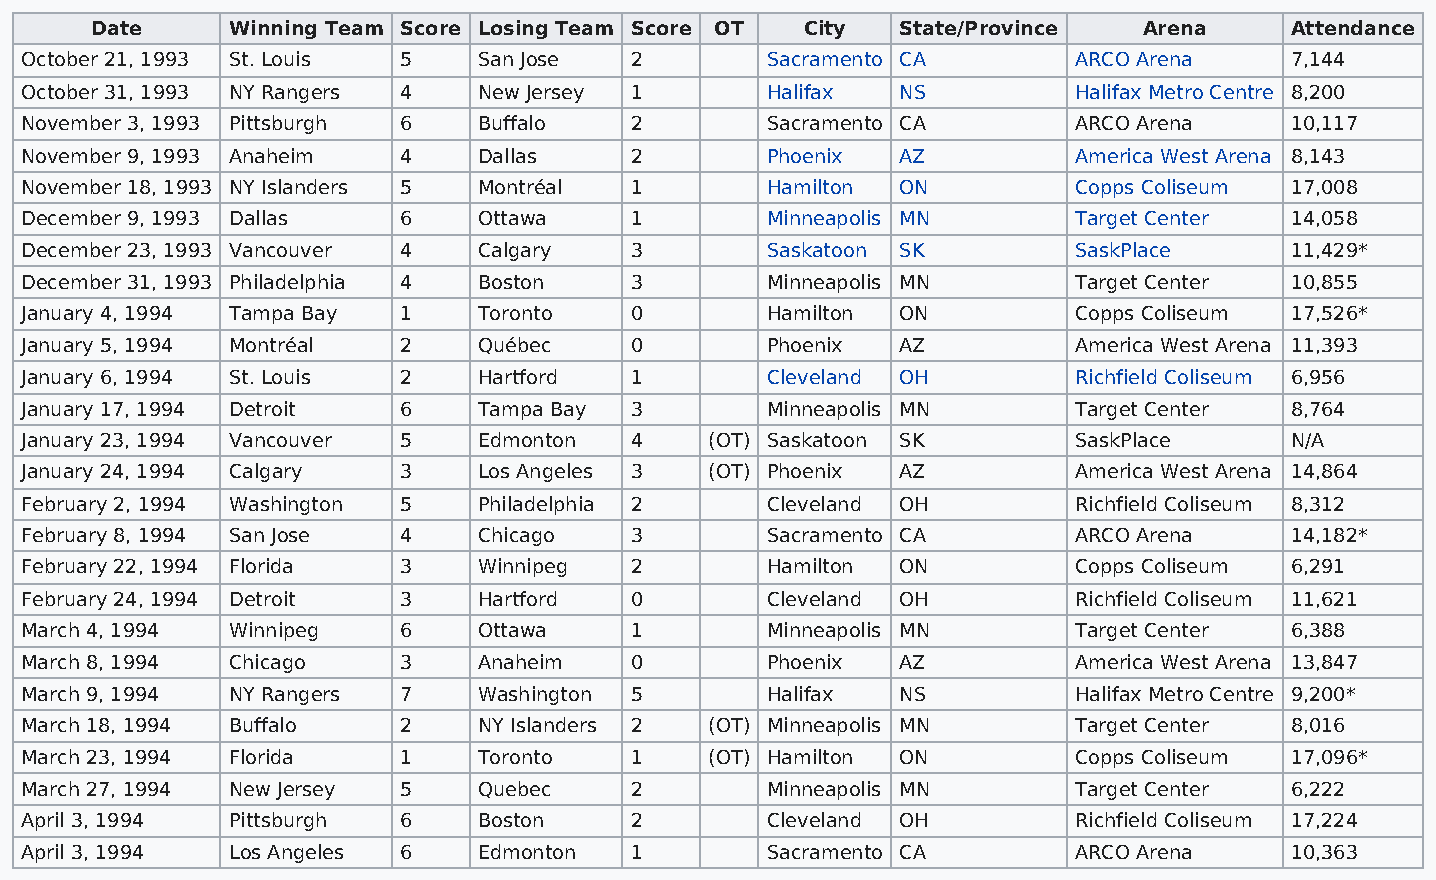
Date     Winning Team Score Losing Team Score OT City State/Province  Arena    Attendance
 October 21, 1993 St. Louis 5   San Jose  2        Sacramento CA       ARCO Arena    7,144
 October 31, 1993 NY Rangers 4  New Jersey 1       Halifax  NS         Halifax Metro Centre 8,200
 November 3, 1993 Pittsburgh 6  Buffalo   2        Sacramento CA       ARCO Arena    10,117
 November 9, 1993 Anaheim 4     Dallas    2        Phoenix  AZ         America West Arena 8,143
 November 18, 1993 NY Islanders 5 Montréal 1       Hamilton ON         Copps Coliseum 17,008
 December 9, 1993 Dallas  6     Ottawa    1        Minneapolis MN      Target Center 14,058
 December 23, 1993 Vancouver 4  Calgary   3        Saskatoon SK        SaskPlace     11,429*
 December 31, 1993 Philadelphia 4 Boston  3        Minneapolis MN      Target Center 10,855
 January 4, 1994 Tampa Bay 1    Toronto   0        Hamilton ON         Copps Coliseum 17,526*
 January 5, 1994 Montréal 2     Québec    0        Phoenix  AZ         America West Arena 11,393
 January 6, 1994 St. Louis 2    Hartford  1        Cleveland OH        Richfield Coliseum 6,956
 January 17, 1994 Detroit 6     Tampa Bay 3        Minneapolis MN      Target Center 8,764
 January 23, 1994 Vancouver 5   Edmonton  4    (OT) Saskatoon SK       SaskPlace     N/A
 January 24, 1994 Calgary 3     Los Angeles 3  (OT) Phoenix AZ         America West Arena 14,864
 February 2, 1994 Washington 5  Philadelphia 2     Cleveland OH        Richfield Coliseum 8,312
 February 8, 1994 San Jose 4    Chicago   3        Sacramento CA       ARCO Arena    14,182*
 February 22, 1994 Florida 3    Winnipeg  2        Hamilton ON         Copps Coliseum 6,291
 February 24, 1994 Detroit 3    Hartford  0        Cleveland OH        Richfield Coliseum 11,621
 March 4, 1994 Winnipeg   6     Ottawa    1        Minneapolis MN      Target Center 6,388
 March 8, 1994 Chicago    3     Anaheim   0        Phoenix  AZ         America West Arena 13,847
 March 9, 1994 NY Rangers 7     Washington 5       Halifax  NS         Halifax Metro Centre 9,200*
 March 18, 1994 Buffalo   2     NY Islanders 2 (OT) Minneapolis MN     Target Center 8,016
 March 23, 1994 Florida   1     Toronto   1    (OT) Hamilton ON        Copps Coliseum 17,096*
 March 27, 1994 New Jersey 5    Quebec    2        Minneapolis MN      Target Center 6,222
 April 3, 1994 Pittsburgh 6     Boston    2        Cleveland OH        Richfield Coliseum 17,224
 April 3, 1994 Los Angeles 6    Edmonton  1        Sacramento CA       ARCO Arena    10,363